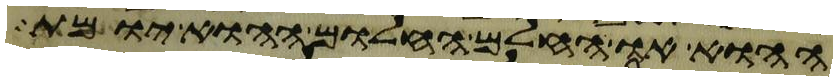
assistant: ההוא או החלם החלום ההוא יומת